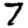
Digit: 7